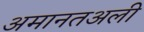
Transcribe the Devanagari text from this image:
अमानतअली